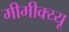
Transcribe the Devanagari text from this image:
मीमीक्य्यू